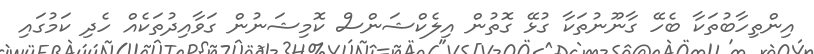
އިންތިހާބުތަކާ ބެހޭ ގާނޫނުތަކާ ގުޅޭ ގޮތުން އިލެކްޝަންސް ކޮމިޝަނުން ގަވާއިދުތަކެއް ހެދި ކަމުގައި